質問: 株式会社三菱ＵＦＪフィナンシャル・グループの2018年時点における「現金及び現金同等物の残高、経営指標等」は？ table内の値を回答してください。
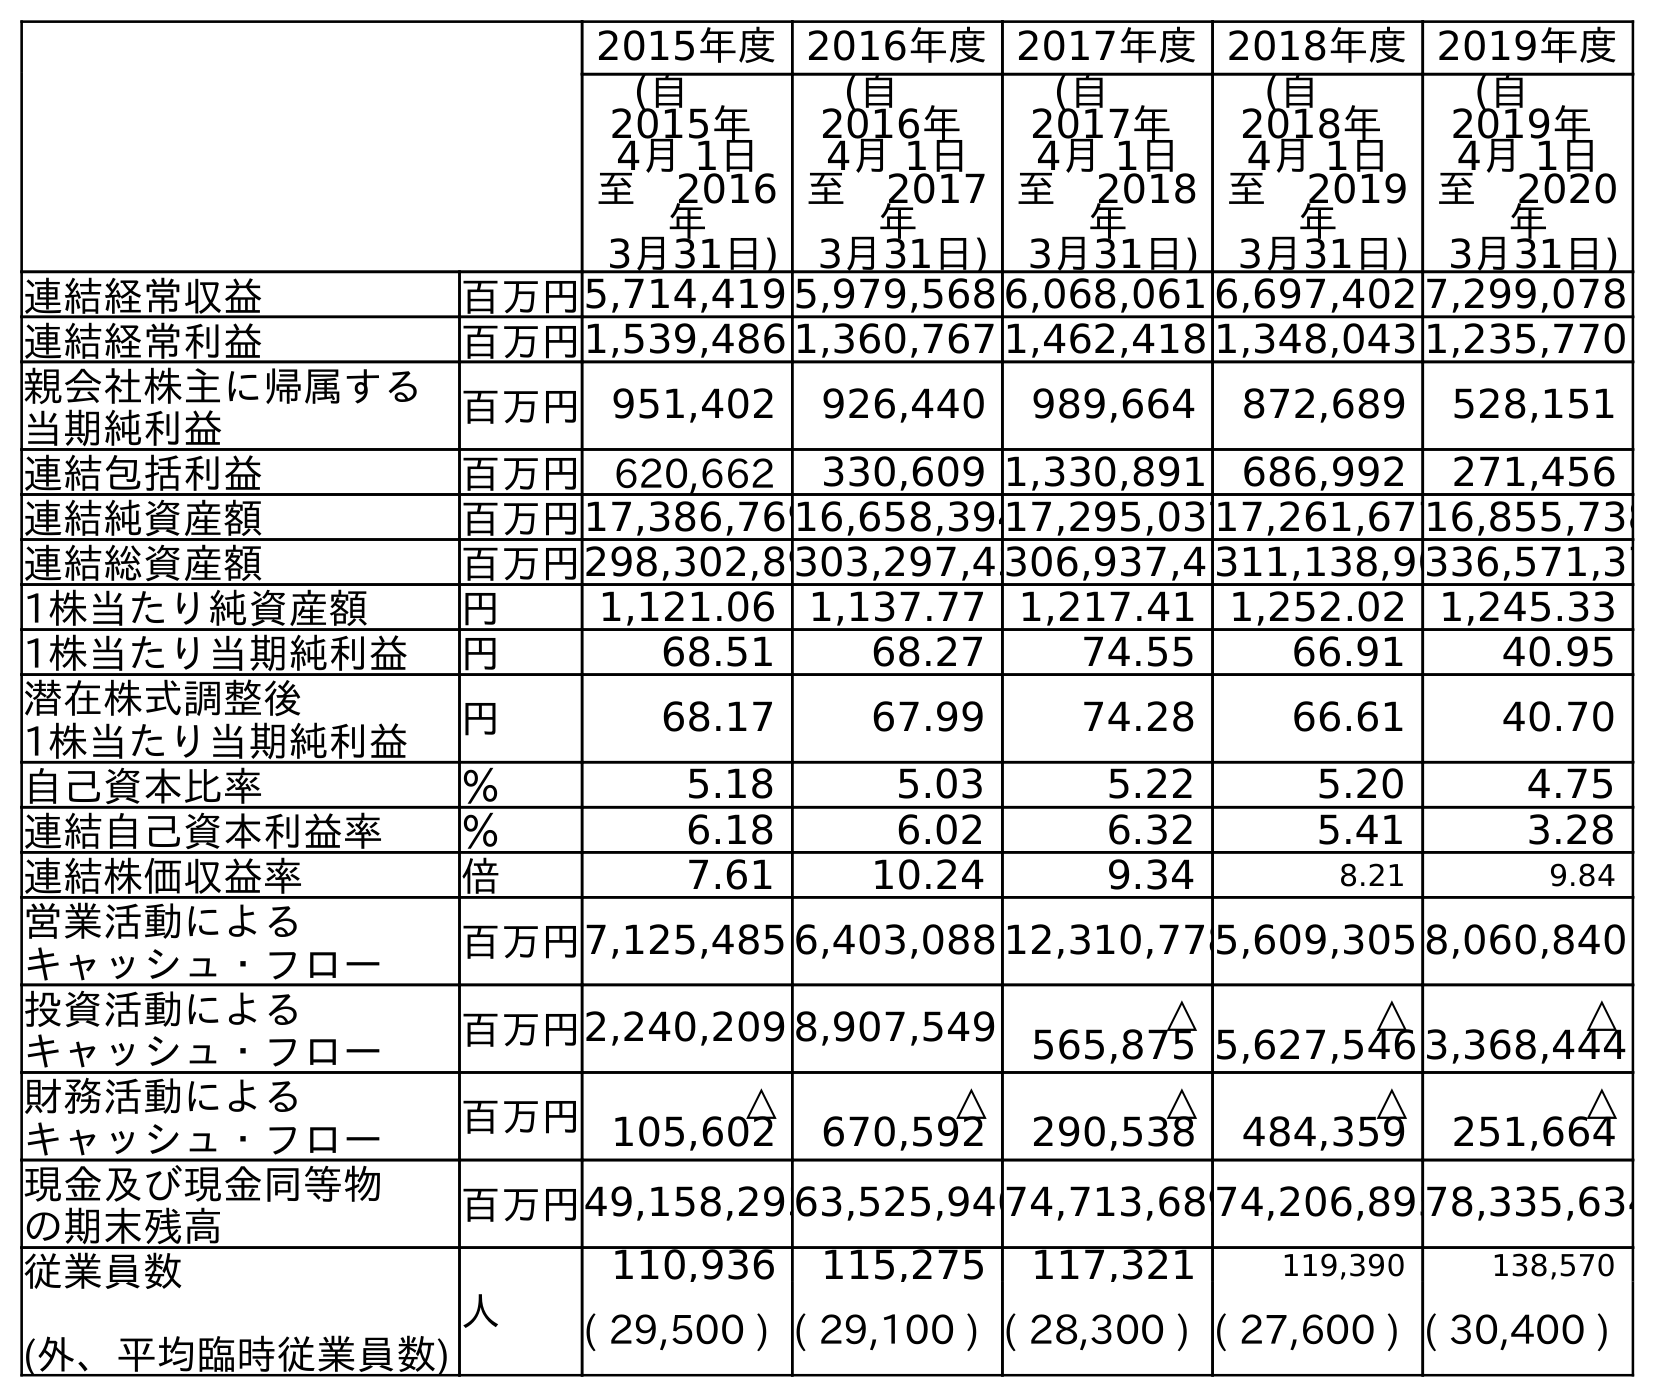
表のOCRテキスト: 2015年度2016年度2017年度2018年度2019年度 (自  2015年 4月 1日 至 2016 年 3月31日) (自  2016年 4月 1日 至 2017 年 3月31日) (自  2017年 4月 1日 至 2018 年 3月31日) (自  2018年 4月 1日 至 2019 年 3月31日) (自  2019年 4月 1日 至 2020 年 3月31日) 連結経常収益 百万円5,714,419 5,979,568 6,068,061 6,697,402 7,299,078 連結経常利益 百万円1,539,486 1,360,767 1,462,418 1,348,043 1,235,770 親会社株主に帰属する 当期純利益 百万円951,402 926,440 989,664 872,689 528,151 連結包括利益 百万円 620,662 330,609 1,330,891 686,992 271,456 連結純資産額 百万円17,386,76916,658,39417,295,03717,261,67716,855,738 連結総資産額 百万円298,302,89303,297,43306,937,4 311,138,90336,571,37 1株当たり純資産額 円 1,121.06 1,137.77 1,217.41 1,252.02 1,245.33 1株当たり当期純利益 円 68.51 68.27 74.55 66.91 40.95 潜在株式調整後 1株当たり当期純利益 円 68.17 67.99 74.28 66.61 40.70 自己資本比率 ％ 5.18 5.03 5.22 5.20 4.75 連結自己資本利益率 ％ 6.18 6.02 6.32 5.41 3.28 連結株価収益率 倍 7.61 10.24 9.34 8.21 9.84 営業活動による キャッシュ・フロー 百万円7,125,485 6,403,088 12,310,7785,609,305 8,060,840 投資活動による キャッシュ・フロー 百万円2,240,209 8,907,549 △ 565,875 △ 5,627,546 △ 3,368,444 財務活動による キャッシュ・フロー 百万円 △ 105,602 △ 670,592 △ 290,538 △ 484,359 △ 251,664 現金及び現金同等物 の期末残高 百万円49,158,29363,525,94074,713,68974,206,89578,335,634 従業員数 (外、平均臨時従業員数) 人 110,936 115,275 117,321 119,390 138,570 ( 29,500 ) ( 29,100 ) ( 28,300 ) ( 27,600 ) ( 30,400 )
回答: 74,713,689